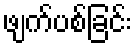
ဖျက်ပစ်ခြင်း